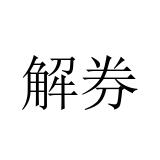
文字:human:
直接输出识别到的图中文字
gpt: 解券